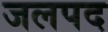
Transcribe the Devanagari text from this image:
जलपद